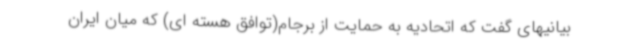
بیانیهای گفت که اتحادیه به حمایت از برجام(توافق هسته ای) که میان ایران